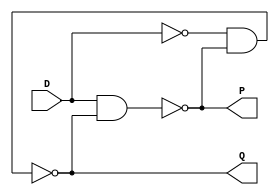
`timescale 1ns / 1ps

module D_LATCH(output Q,P,input D);		//Declaring D LATCH Module where Q,P as OUTPUT and D as INPUT.

wire not1,nand1,nand2;

assign nand1 = Q;		//Connecting output port Q with wire nand1. 
assign nand2 = P;		//Connecting output port P with wire nand2.

not F1(not1,D);		//Using inbuilt 'not' gate.

nand F2(Q,not1,nand2);		//Using inbuilt 'nand' gate.

nand F3(P,D,nand1);		//Using inbuilt 'nand' gate.


endmodule